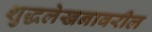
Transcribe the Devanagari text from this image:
शुद्धलेखनावरील